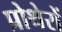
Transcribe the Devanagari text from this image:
प्रोथेरों